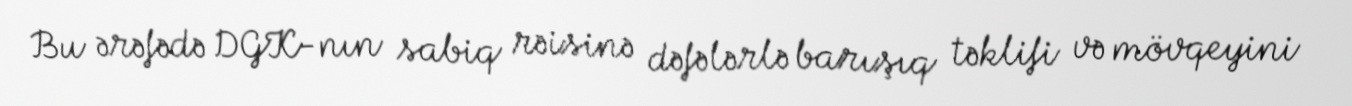
Bu ərəfədə DGK-nın sabiq rəisinə dəfələrlə barışıq təklifi və mövqeyini